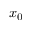
x _ { 0 }